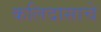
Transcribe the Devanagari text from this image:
कलिदासाचे